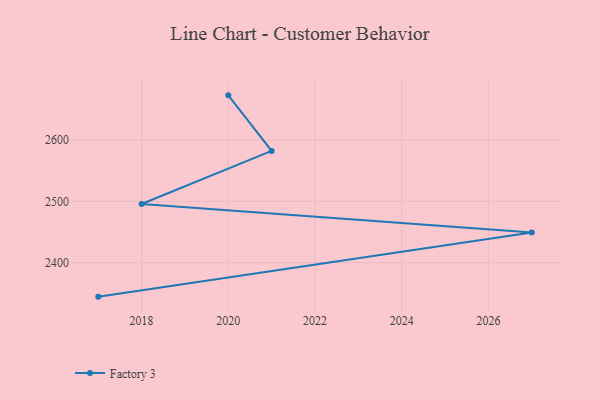
{"axis": {"x": "Year", "y": "Temperature (°C)"}, "legend": ["Factory 3"], "data": [{"x": "2020", "y": 2673.3, "type": "Factory 3"}, {"x": "2021", "y": 2582.5, "type": "Factory 3"}, {"x": "2018", "y": 2495.7, "type": "Factory 3"}, {"x": "2027", "y": 2449.1, "type": "Factory 3"}, {"x": "2017", "y": 2344.4, "type": "Factory 3"}]}